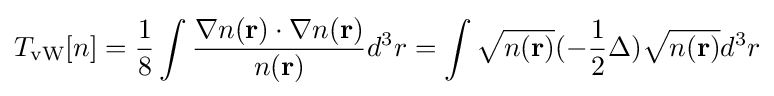
T_{\text{vW}}[n]={\frac {1}{8}}\int {\frac {\nabla n(\mathbf {r} )\cdot \nabla n(\mathbf {r} )}{n(\mathbf {r} )}}d^{3}r=\int {\sqrt {n(\mathbf {r} )}}(-{\frac {1}{2}}\Delta ){\sqrt {n(\mathbf {r} )}}d^{3}r